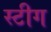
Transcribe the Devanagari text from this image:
स्टीग